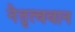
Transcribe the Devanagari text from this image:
नेतृत्ववान